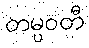
တမ္ပဝတီ